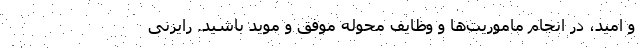
و امید، در انجام ماموریت‌ها و وظایف محوله موفق و موید باشید. رایزنی